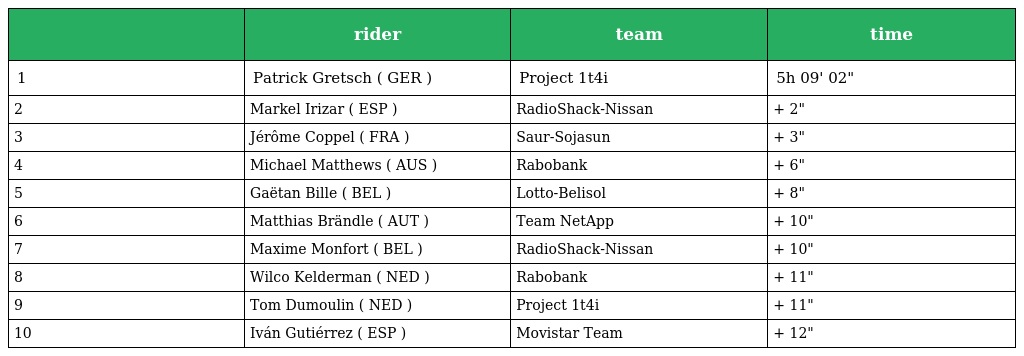
|  | rider | team | time |
 | --- | --- | --- | --- |
 | 1 | Patrick Gretsch ( GER ) | Project 1t4i | 5h 09' 02" |
 | 2 | Markel Irizar ( ESP ) | RadioShack-Nissan | + 2" |
 | 3 | Jérôme Coppel ( FRA ) | Saur-Sojasun | + 3" |
 | 4 | Michael Matthews ( AUS ) | Rabobank | + 6" |
 | 5 | Gaëtan Bille ( BEL ) | Lotto-Belisol | + 8" |
 | 6 | Matthias Brändle ( AUT ) | Team NetApp | + 10" |
 | 7 | Maxime Monfort ( BEL ) | RadioShack-Nissan | + 10" |
 | 8 | Wilco Kelderman ( NED ) | Rabobank | + 11" |
 | 9 | Tom Dumoulin ( NED ) | Project 1t4i | + 11" |
 | 10 | Iván Gutiérrez ( ESP ) | Movistar Team | + 12" |